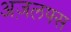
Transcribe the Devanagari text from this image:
अज़लफ्स